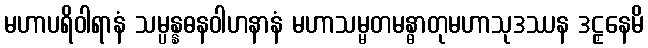
မဟာပရိဝါရာနံ သမ္ပန္နဓနဝါဟနာနံ မဟာသမ္မတမန္ဓာတုမဟာသုဒဿန ဒဠှနေမိ